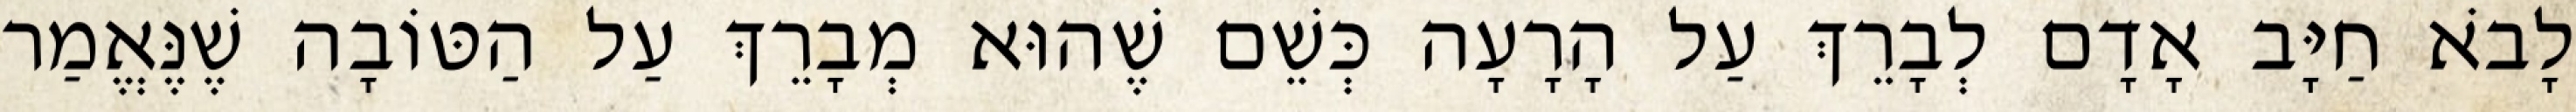
לָבֹא חַיָּב אָדָם לְבָרֵךְ עַל הָרָעָה כְּשֵׁם שֶׁהוּא מְבָרֵךְ עַל הַטּוֹבָה שֶׁנֶּאֱמַר